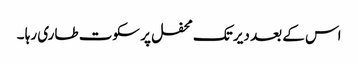
اس کے بعد دیر تک محفل پر سکوت طاری رہا ۔